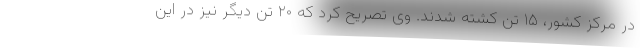
در مرکز کشور، ۱۵ تن کشته شدند. وی تصریح کرد که ۲۰ تن دیگر نیز در این